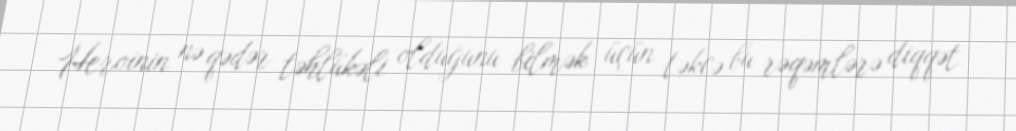
Heroinin nə qədər təhlükəli olduğunu bilmək üçün təkcə bu rəqəmlərə diqqət